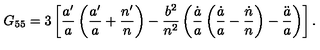
G _ { 5 5 } = 3 \left[ \frac { a ^ { \prime } } { a } \left( \frac { a ^ { \prime } } { a } + \frac { n ^ { \prime } } { n } \right) - \frac { b ^ { 2 } } { n ^ { 2 } } \left( \frac { \dot { a } } { a } \left( \frac { \dot { a } } { a } - \frac { \dot { n } } { n } \right) - \frac { \ddot { a } } { a } \right) \right] .